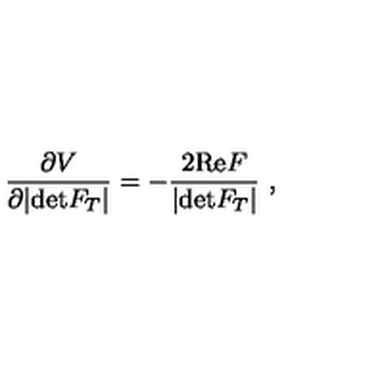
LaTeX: \frac { \partial V } { \partial | \mathrm { d e t } F _ { T } | } = - \frac { 2 \mathrm { R e } F } { | \mathrm { d e t } F _ { T } | } \ ,